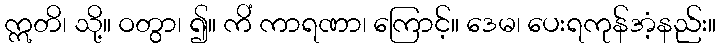
ဣတိ၊ သို့။ ဝတွာ၊ ၍။ ကိံ ကာရဏာ၊ ကြောင့်။ ဒေမ၊ ပေးရကုန်အံ့နည်း။